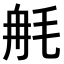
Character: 𣭣